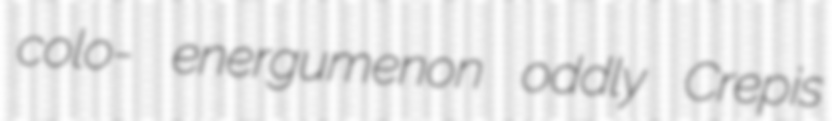
colo- energumenon oddly Crepis